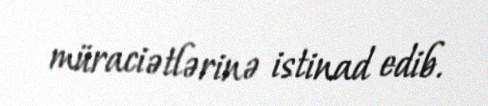
müraciətlərinə istinad edib.